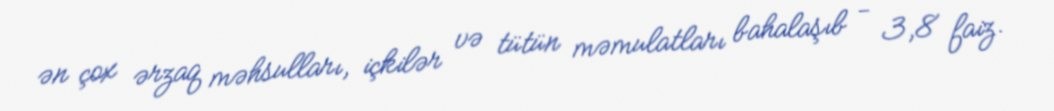
ən çox ərzaq məhsulları, içkilər və tütün məmulatları bahalaşıb - 3,8 faiz.